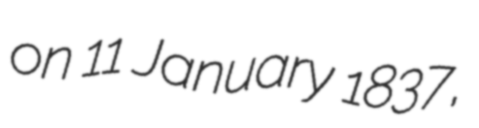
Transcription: on 11 January 1837,